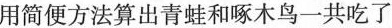
用简便方法算出青蛙和啄木鸟一共吃了